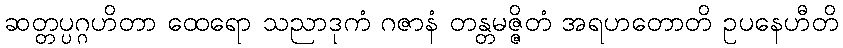
ဆတ္တပ္ပဂ္ဂဟိတာ ထေရော သညာဒုကံ ဂဇာနံ တန္တမဇ္ဇိတံ အရဟတောတိ ဥပနေဟီတိ